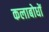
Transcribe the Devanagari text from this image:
कलाबोधों